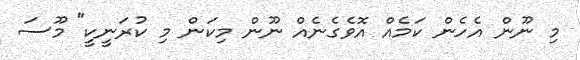
މި ނޫން އެހެން ކަމެއް އޮވެގެނެއް ނޫން މިކަން މި ކުރަނީކީ" މޫސަ